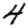
Digit: 4